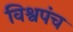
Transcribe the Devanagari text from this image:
विश्वपंच